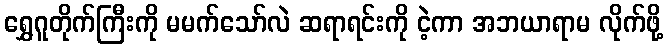
ရွှေဂူတိုက်ကြီးကို မမက်သော်လဲ ဆရာရင်းကို ငဲ့ကာ အဘယာရာမ လိုက်ဖို့